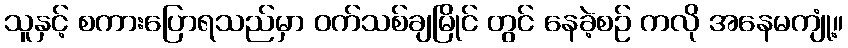
သူနှင့် စကားပြောရသည်မှာ ဝက်သစ်ချမြိုင် တွင် နေခဲ့စဉ် ကလို အနေမကျုံ့။